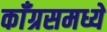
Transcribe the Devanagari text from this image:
काँग्रसमध्ये